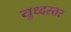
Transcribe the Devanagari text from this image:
युध्दस्तर